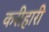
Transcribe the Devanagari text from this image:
करीहारी